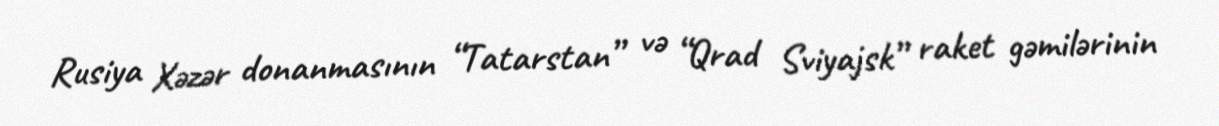
Rusiya Xəzər donanmasının “Tatarstan” və “Qrad Sviyajsk” raket gəmilərinin